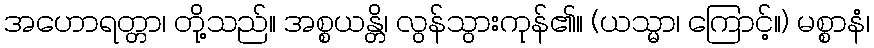
အဟောရတ္တာ၊ တို့သည်။ အစ္စယန္တိ၊ လွန်သွားကုန်၏။ (ယသ္မာ၊ ကြောင့်။) မစ္စာနံ၊